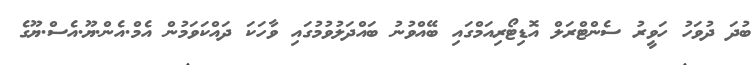
ބުދަ ދުވަހު ހަވީރު ސެންޓްރަލް އޮޑިޓޯރިއަމްގައި ބޭއްވުނު ބައްދަލުވުމުގައި ވާހަކަ ދައްކަވަމުން އެމް.އެން.ޔޫ.އެސް.ޔޫގެ